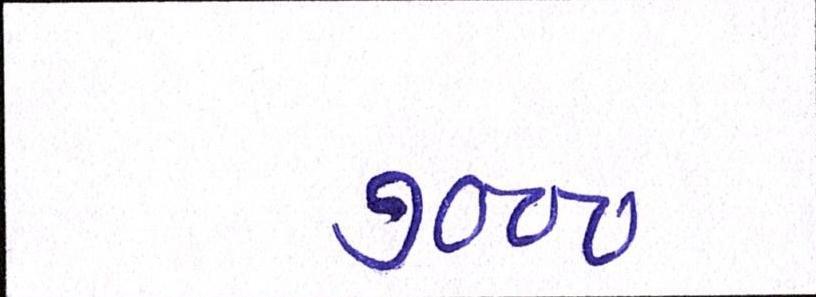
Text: ૭૦૦૦